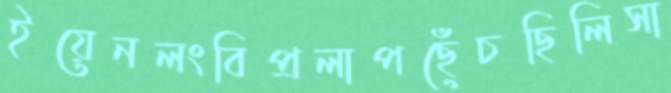
ইয়েনলংবিপ্রলাপছেঁচছিলিসা